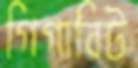
গিগাবিট